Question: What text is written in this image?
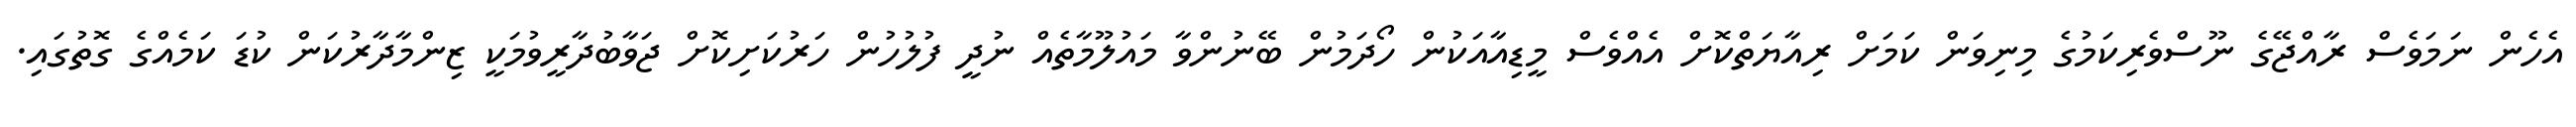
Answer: އެހެން ނަމަވެސް ރާއްޖޭގެ ނޫސްވެރިކަމުގެ މިނިވަން ކަމަށް ރިއާޔަތްކޮށް އެއްވެސް މީޑިއާއަކުން ހޯދަމުން ބޭނުންވާ މައުލޫމާތެއް ނުދީ ފުލުހުން ހަރުކަށިކޮށް ޖަވާބުދާރީވުމަކީ ޒިންމާދާރުކަން ކުޑަ ކަމެއްގެ ގޮތުގައި.